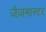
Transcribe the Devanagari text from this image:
जैज़मास्टर